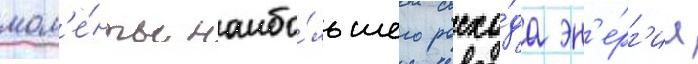
мом'е́нты наибо́льшего расхо́да эн'е́рг'ии